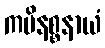
ကပိနစ္စနာယံ